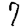
Digit: 7